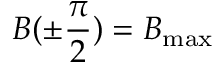
B ( \pm \frac { \pi } { 2 } ) = B _ { \mathrm { m a x } }